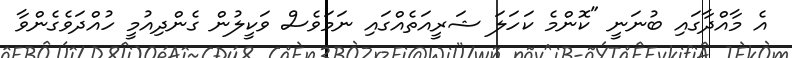
އެ މާއްދާގައި ބުނަނީ "ކޮންމެ ކަހަލަ ޝަރީއަތެއްގައި ނަމަވެސް ވަކީލުން ގެންދިއުމީ ހުއްދަވެގެންވާ